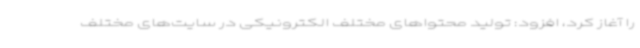
را آغاز کرد، افزود: تولید محتواهای مختلف الکترونیکی در سایت‌های مختلف